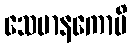
သေမာနကောပိ